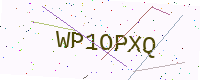
Text: WP1OPXQ